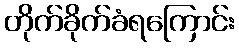
တိုက်ခိုက်ခံရကြောင်း